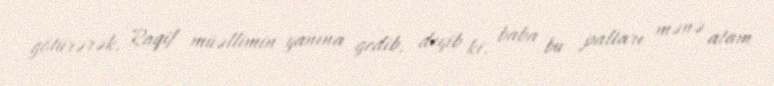
götürərək, Raqif müəllimin yanına gedib, deyib ki, baba bu paltarı mənə atam